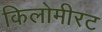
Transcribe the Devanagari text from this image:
किलोमीरट